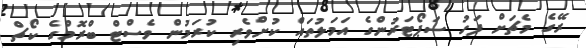
ރޭގެ މެޗަށް ފަހު ސަޕޯޓަރުންގެ އަމަލުތައް ކުށްވެރި ކުރަމުން ވެސްޓް ބްރޮމްގެ ކޯޗް